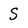
Character: S